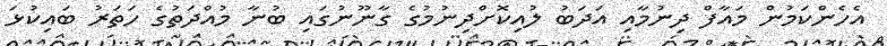
އެހެންކަމުން މައާފް ދިނުމާއި އަދަބު ލުއިކޮށްދިނުމުގެ ގާނޫނުގައި ބުނާ މުއްދަތުގެ ހަތަރު ބައިކުޅަ